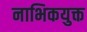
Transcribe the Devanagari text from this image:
नाभिकयुक्त